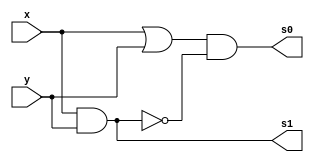
// ---------------------
// Guia 03_01 - Meia Soma
// Nome:Alvaro Henrique de Araujo Rungue
// ---------------------

// ---------------------
// -- Half Adder
// ---------------------

 module halfAdder (s0 , s1 , x , y);
 
 	output s0 , s1;
 	input  x , y;
 	wire s2 , s3;
	
 or orgate1(s2, x, y);
 and andgate1( s1, x, y);
 not notgate1( s3 , s1);
 and andgate2 (s0, s2, s3);	
 
 endmodule // halfAdder
 
 // --------------------------
// -- test HalfAdder
// --------------------------

module testhalfAdder;
 reg   a, b;             
 wire  s0, s1;
          // instancia
 halfAdder HALFADDER1 (s0, s1, a, b);

 initial begin:start
      a=0; b=0;
 end

          // parte principal
 initial begin:main
      $display("Guia 03 Ex01 - Alvaro Henrique de Araujo Rungue");
      $display("Test Half Adder gate");
      $display("\n a & b = s0 s1\n");
      $monitor(" %b & %b = %b %b", a, b, s0, s1);
  #1  a=0; b=1; 
  #1  a=1; b=0; 
  #1  a=1; b=1; 
  
 end

endmodule // testhalfAdder